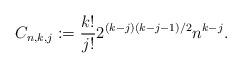
LaTeX: \begin{align*} C_{n,k,j}:=\frac{k!}{j!} 2^{(k-j)(k-j-1)/2} n^{k-j}. \end{align*}